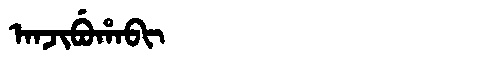
Manchu: ᠠᠨᠵᡳᠪᡠᡥᠠᠪᡳ
Romanization: ANJIBUHABI